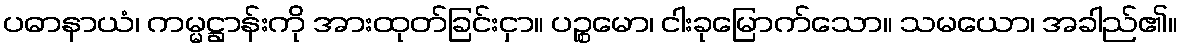
ပဓာနာယံ၊ ကမ္မဋ္ဌာန်းကို အားထုတ်ခြင်းငှာ။ ပဉ္စမော၊ ငါးခုမြောက်သော။ သမယော၊ အခါည်၏။